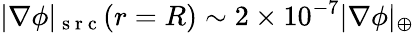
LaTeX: |\nabla\phi|_{\mathrm{~s~r~c~}}(r=R)\sim 2\times 10^{-7}|\nabla\phi|_{\oplus}